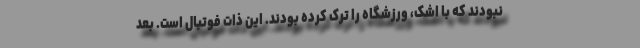
نبودند که با اشک، ورزشگاه را ترک کرده بودند. این ذات فوتبال است. بعد